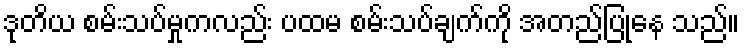
ဒုတိယ စမ်းသပ်မှုကလည်း ပထမ စမ်းသပ်ချက်ကို အတည်ပြုနေ သည်။